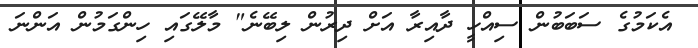
އެކަމުގެ ސަބަބުން ސިއްހީ ދާއިރާ އަށް ދިރުން ލިބޭނެ" މާލޭގައި ހިންގަމުން އަންނަ